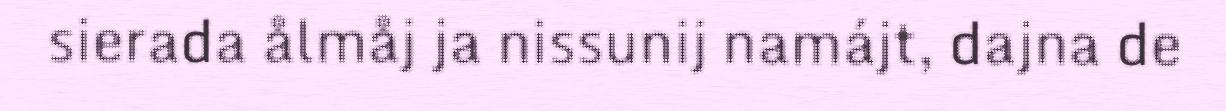
sierada ålmåj ja nissunij namájt, dajna de